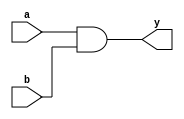
`timescale 1ns / 1ps
//////////////////////////////////////////////////////////////////////////////////
// Company: 
// Engineer: 
// 
// Design Name: 
// Module Name: And
// Project Name: 
// Target Devices: 
// Tool Versions: 
// Description: 
// 
// Dependencies: 
// 
// Revision:
// Revision 0.01 - File Created
// Additional Comments:
// 
//////////////////////////////////////////////////////////////////////////////////


module And(
    a,b,y
    );
    input a,b;
    output y;
    assign y=a&b;
endmodule